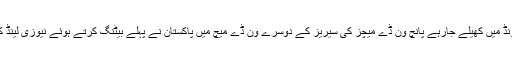
نیلسن کے سیکسٹن اوول گراؤنڈ میں کھیلے جارہے پانچ ون ڈے میچز کی سیریز کے دوسرے ون ڈے میچ میں پاکستان نے پہلے بیٹنگ کرتے ہوئے نیوزی لینڈ کو 247 رنز کا ہدف دے دیا۔